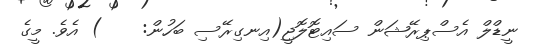
ނީޑްލް އެސްޕިރޭޝަން ސައިޓޮލޮޖީ(އިނގިރޭސި ބަހުން:    ) އެވެ. މީގެ